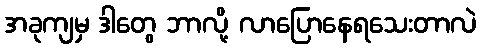
အခုကျမှ ဒါတွေ ဘာလို့ လာပြောနေရသေးတာလဲ